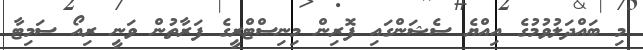
މި ބައްދަލުވުމުގެ އިއްޔެ ސެޝަންގައި ފޮރިން މިނިސްޓްރީގެ ފަރާތުން ވަނީ ރިއޯ ސަމިޓާ